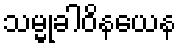
သမ္မုခါဝိနယေန